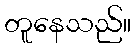
တူနေသည်။